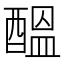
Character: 醞